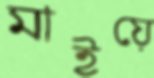
মাইয়ে